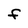
Character: F